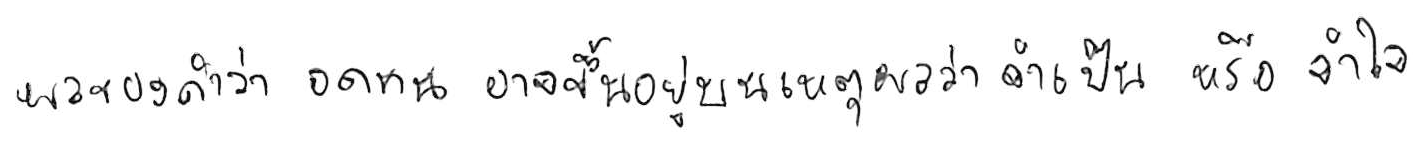
ผลของคำว่า อดทน อาจขึ้นอยู่บนเหตุผลว่า จำเป็น หรือ จำใจ